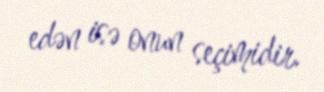
edən isə onun seçimidir.